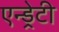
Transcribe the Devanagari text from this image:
एन्ड्रेटी